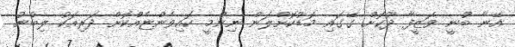
އޭނާ ބުނީ ވަޒީފާ ދޫކޮށް ގޭގައި މަޑުކޮށްލަން ނިންމީ ކައިވެންޏެއްކޮށް ދަރިއަކު ލިބުނު